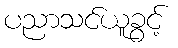
ပညာသင်ယူခွင့်